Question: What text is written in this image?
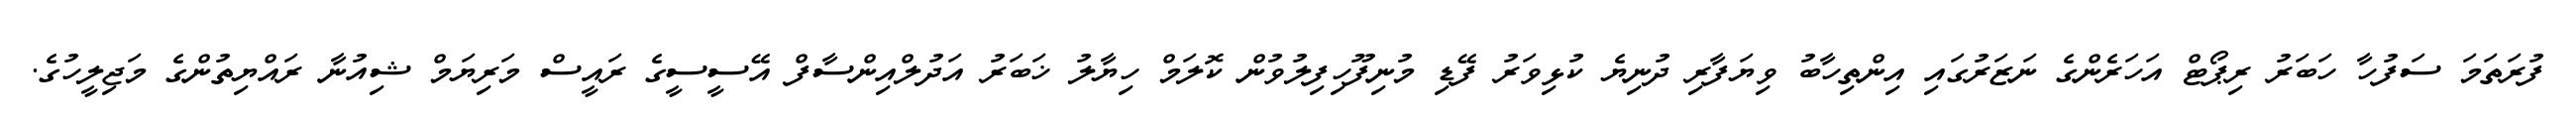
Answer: ފުރަތަމަ ސަފުހާ ހަބަރު ރިޕޯޓް އަހަރެންގެ ނަޒަރުގައި އިންތިހާބު ވިޔަފާރި ދުނިޔެ ކުޅިވަރު ފޭޑި މުނިފޫހިފިލުވުން ކޮލަމް ހިޔާލު ޚަބަރު އަދުލްއިންސާފް އޭސީސީގެ ރައީސް މަރިޔަމް ޝިއުނާ ރައްޔިތުންގެ މަޖިލީހުގެ.